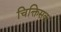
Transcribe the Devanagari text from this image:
चिक्तिसक